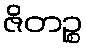
ဇိတဉ္စ